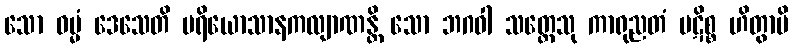
သော ဓမ္မံ ဒေသေတိ ပရိယောသာနကလျာဏန္တိ သော ဘဂဝါ သတ္တေသု ကာရုညတံ ပဋိစ္စ ဟိတွာပိ